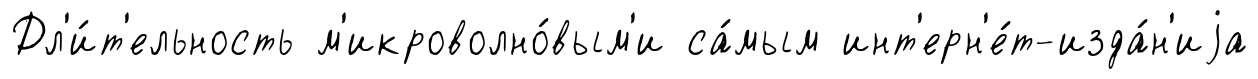
Дл'и́т'ельность м'икроволно́вым'и са́мым инт'ерн'е́т-изда́н'иjа